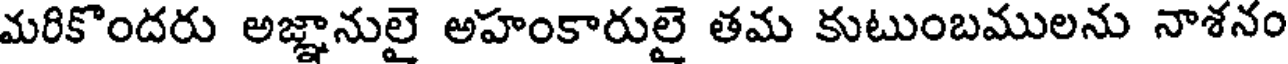
మరికొందరు అజ్ఞానులై అహంకారులై తమ కుటుంబములను నాశనం